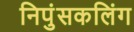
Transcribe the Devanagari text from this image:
निपुंसकलिंग